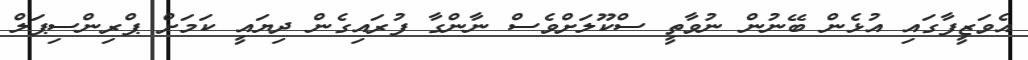
އެވަޒީފާގައި އުޅެން ބޭނުން ނުވާތީ ސްކޫލަށްވެސް ނާންގާ ފުރައިގެން ދިޔައީ ކަމަށް ޕްރިންސިޕަލް